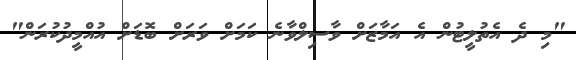
"މި ދެ އެތުލީޓުން އެ އަމާޒަށް ވާސިލްވާނެ ކަމަށް ވަރަށް ބޮޑަށް އުއްމީދުކުރަން"